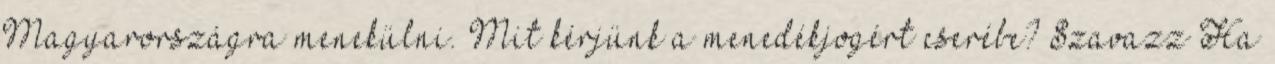
Magyarországra menekülni. Mit kérjünk a menedékjogért cserébe? Szavazz Ha